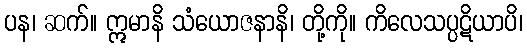
ပန၊ ဆက်။ ဣမာနိ သံယောဇနာနိ၊ တို့ကို။ ကိလေသပ္ပဋိယာပိ၊